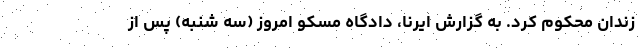
زندان محکوم کرد. به گزارش ایرنا، دادگاه مسکو امروز (سه شنبه) پس از